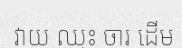
វាយ ឈ្នះ ចារ ដើម